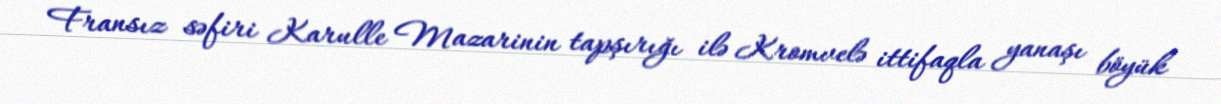
Fransız səfiri Karulle Mazarinin tapşırığı ilə Kromvelə ittifaqla yanaşı böyük